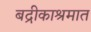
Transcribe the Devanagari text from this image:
बद्रीकाश्रमात